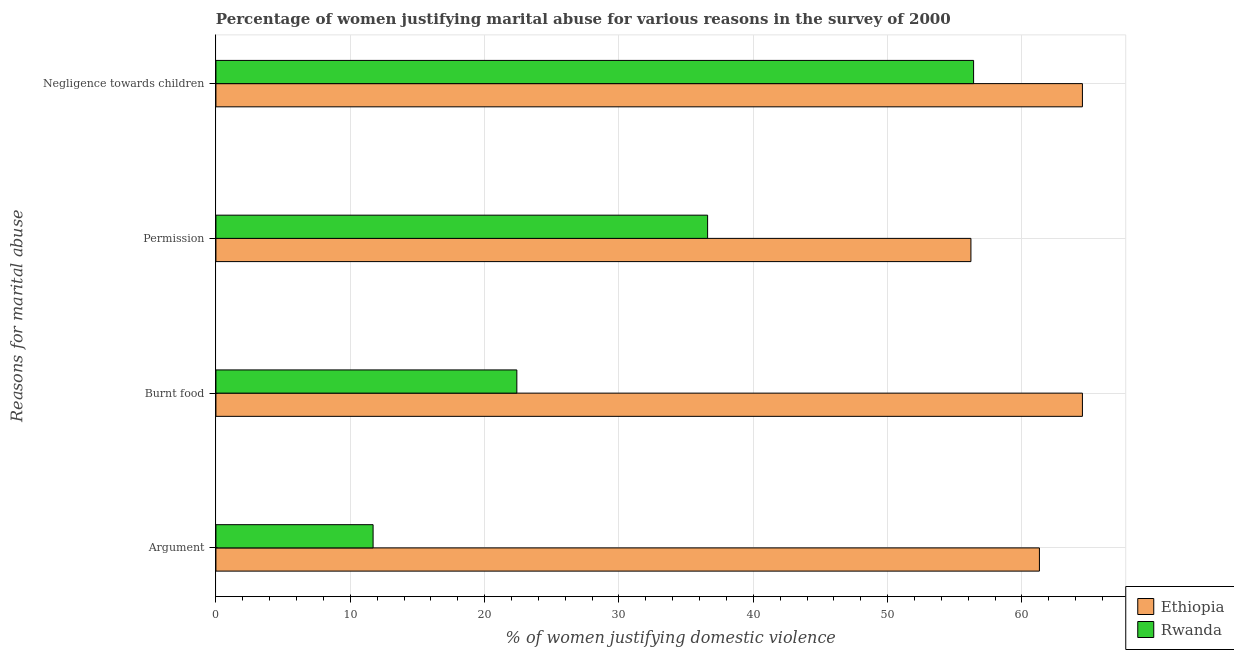
| Reasons for marital abuse | Ethiopia | Rwanda |
 | --- | --- | --- |
 | Argument | 61.3 | 11.7 |
 | Burnt food | 64.5 | 22.4 |
 | Permission | 56.2 | 36.6 |
 | Negligence towards children | 64.5 | 56.4 |